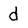
Character: d